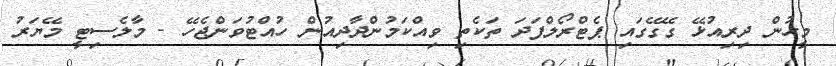
މީހުން ދިރިއުޅޭ ގޭގޭގައި ޕެޓްރޯލްފަދަ ތަކެތި ވިއްކަމުންދާދިއުން ހުއްޓުވަންޖެހޭ - މާލެސިޓީ މޭޔަރު